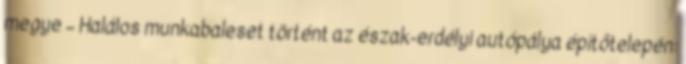
megye – Halálos munkabaleset történt az észak-erdélyi autópálya építőtelepén: